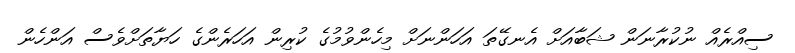
ސިއްރެއް ނުކުރާނަން ޝަބާއަށް އެނގޭތަ އަހަންނަށް މިހެންވުމުގެ ކުރިން އަހަރެންގެ ހަޔާތަށްވެސް އަންހެން